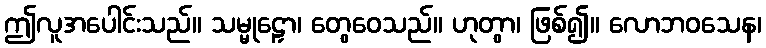
ဤလူအပေါင်းသည်။ သမ္မုဠှော၊ တွေဝေသည်။ ဟုတွာ၊ ဖြစ်၍။ လောဘဝသေန၊